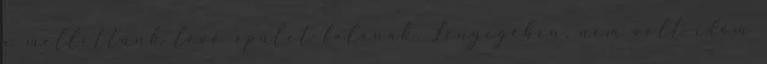
a mellettünk lévő épület falának. Lényegében. nem volt időm